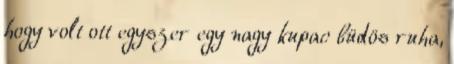
hogy volt ott egyszer egy nagy kupac büdös ruha,